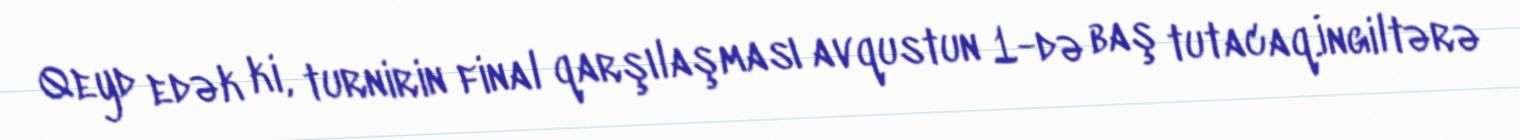
Qeyd edək ki, turnirin final qarşılaşması avqustun 1-də baş tutacaq.İngiltərə